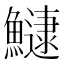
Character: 𬵯